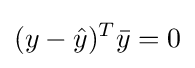
(y-{\hat {y}})^{T}{\bar {y}}=0